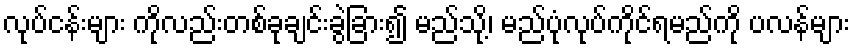
လုပ်ငန်းများ ကိုလည်းတစ်ခုချင်းခွဲခြား၍ မည်သို့၊ မည်ပုံလုပ်ကိုင်ရမည်ကို ပလန်များ